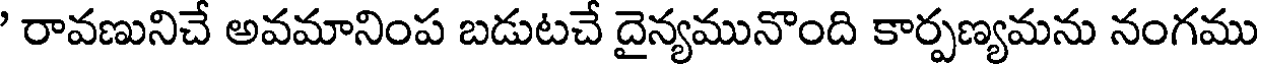
' రావణునిచే అవమానింప బడుటచే దైన్యమునొంది కార్పణ్యమను నంగము